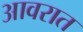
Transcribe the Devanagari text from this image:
आवरात